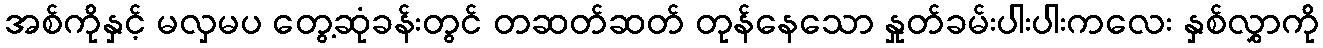
အစ်ကိုနှင့် မလှမပ တွေ့ဆုံခန်းတွင် တဆတ်ဆတ် တုန်နေသော နှုတ်ခမ်းပါးပါးကလေး နှစ်လွှာကို